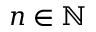
n \in \mathbb { N }